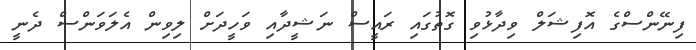
ފިނޭންސްގެ އޮފިޝަލް ވިދާޅުވި ގޮތުގައި ރައީސް ނަޝީދާއި ވަހީދަށް ލިވިން އެލަވަންސް ދެނީ